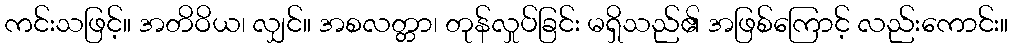
ကင်းသဖြင့်။ အတိဝိယ၊ လျှင်။ အစလတ္တာ၊ တုန်လှုပ်ခြင်း မရှိသည်၏ အဖြစ်ကြောင့် လည်းကောင်း။